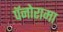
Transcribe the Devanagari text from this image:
पॅनोरामा